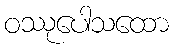
ဝဿုပေါသထော